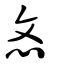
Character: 忞